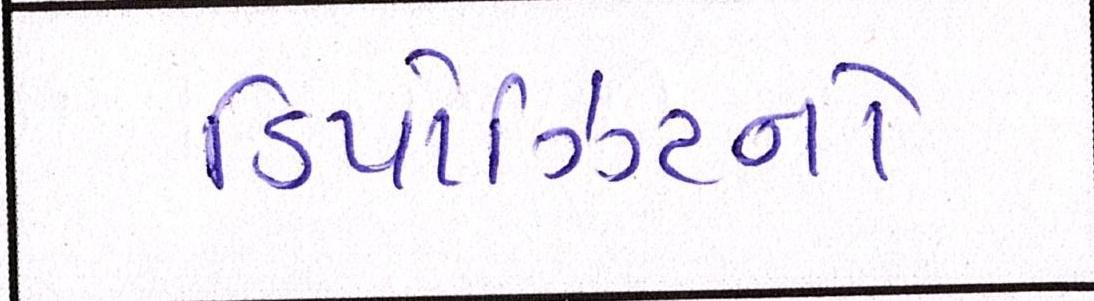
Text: ડિપોઝિટનો